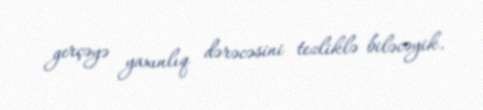
gerçəyə yaxınlıq dərəcəsini tezliklə biləcəyik.